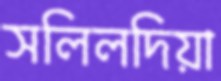
সলিলদিয়া